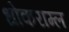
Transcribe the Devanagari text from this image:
धोकराम्ल